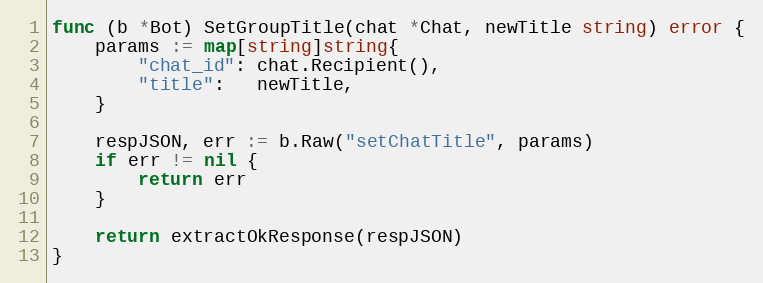
Language: Go
func (b *Bot) SetGroupTitle(chat *Chat, newTitle string) error {
	params := map[string]string{
		"chat_id": chat.Recipient(),
		"title":   newTitle,
	}

	respJSON, err := b.Raw("setChatTitle", params)
	if err != nil {
		return err
	}

	return extractOkResponse(respJSON)
}